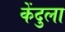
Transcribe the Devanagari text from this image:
केंदुला